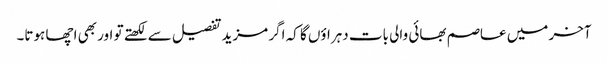
آخر میں عاصم بھائی والی بات دہراؤں گا کہ اگر مزید تفصیل سے لکھتے تو اور بھی اچھا ہوتا۔